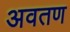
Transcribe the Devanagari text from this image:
अवतण